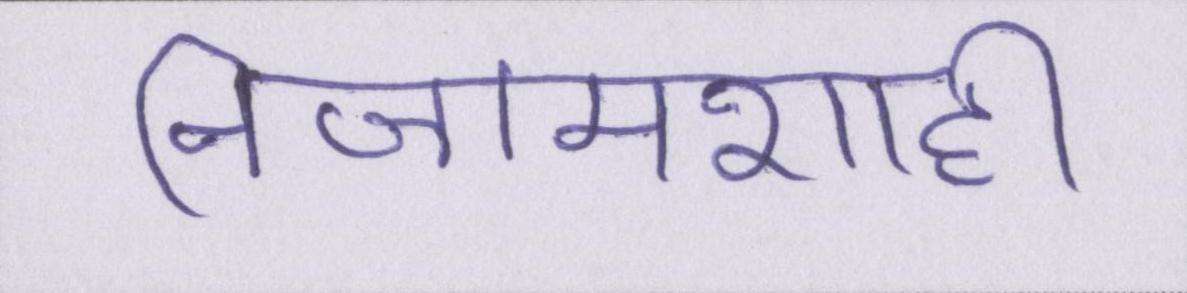
निजामशाही